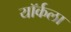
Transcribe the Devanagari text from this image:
यॉर्कला